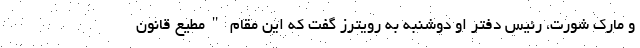
و مارک شورت، رئیس دفتر او دوشنبه به رویترز گفت که این مقام "مطیع قانون